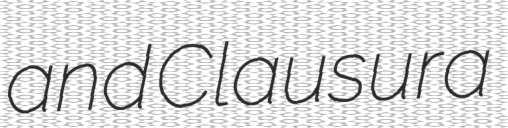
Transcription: and Clausura